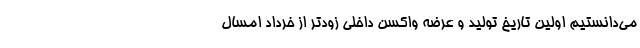
می‌دانستیم اولین تاریخ تولید و عرضه واکسن داخلی زودتر از خرداد امسال